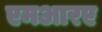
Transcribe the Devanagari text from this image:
एमआरए